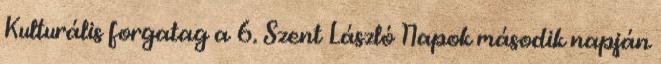
Kulturális forgatag a 6. Szent László Napok második napján